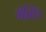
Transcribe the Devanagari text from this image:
मॅक्सि